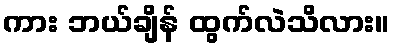
ကား ဘယ်ချိန် ထွက်လဲသိလား။